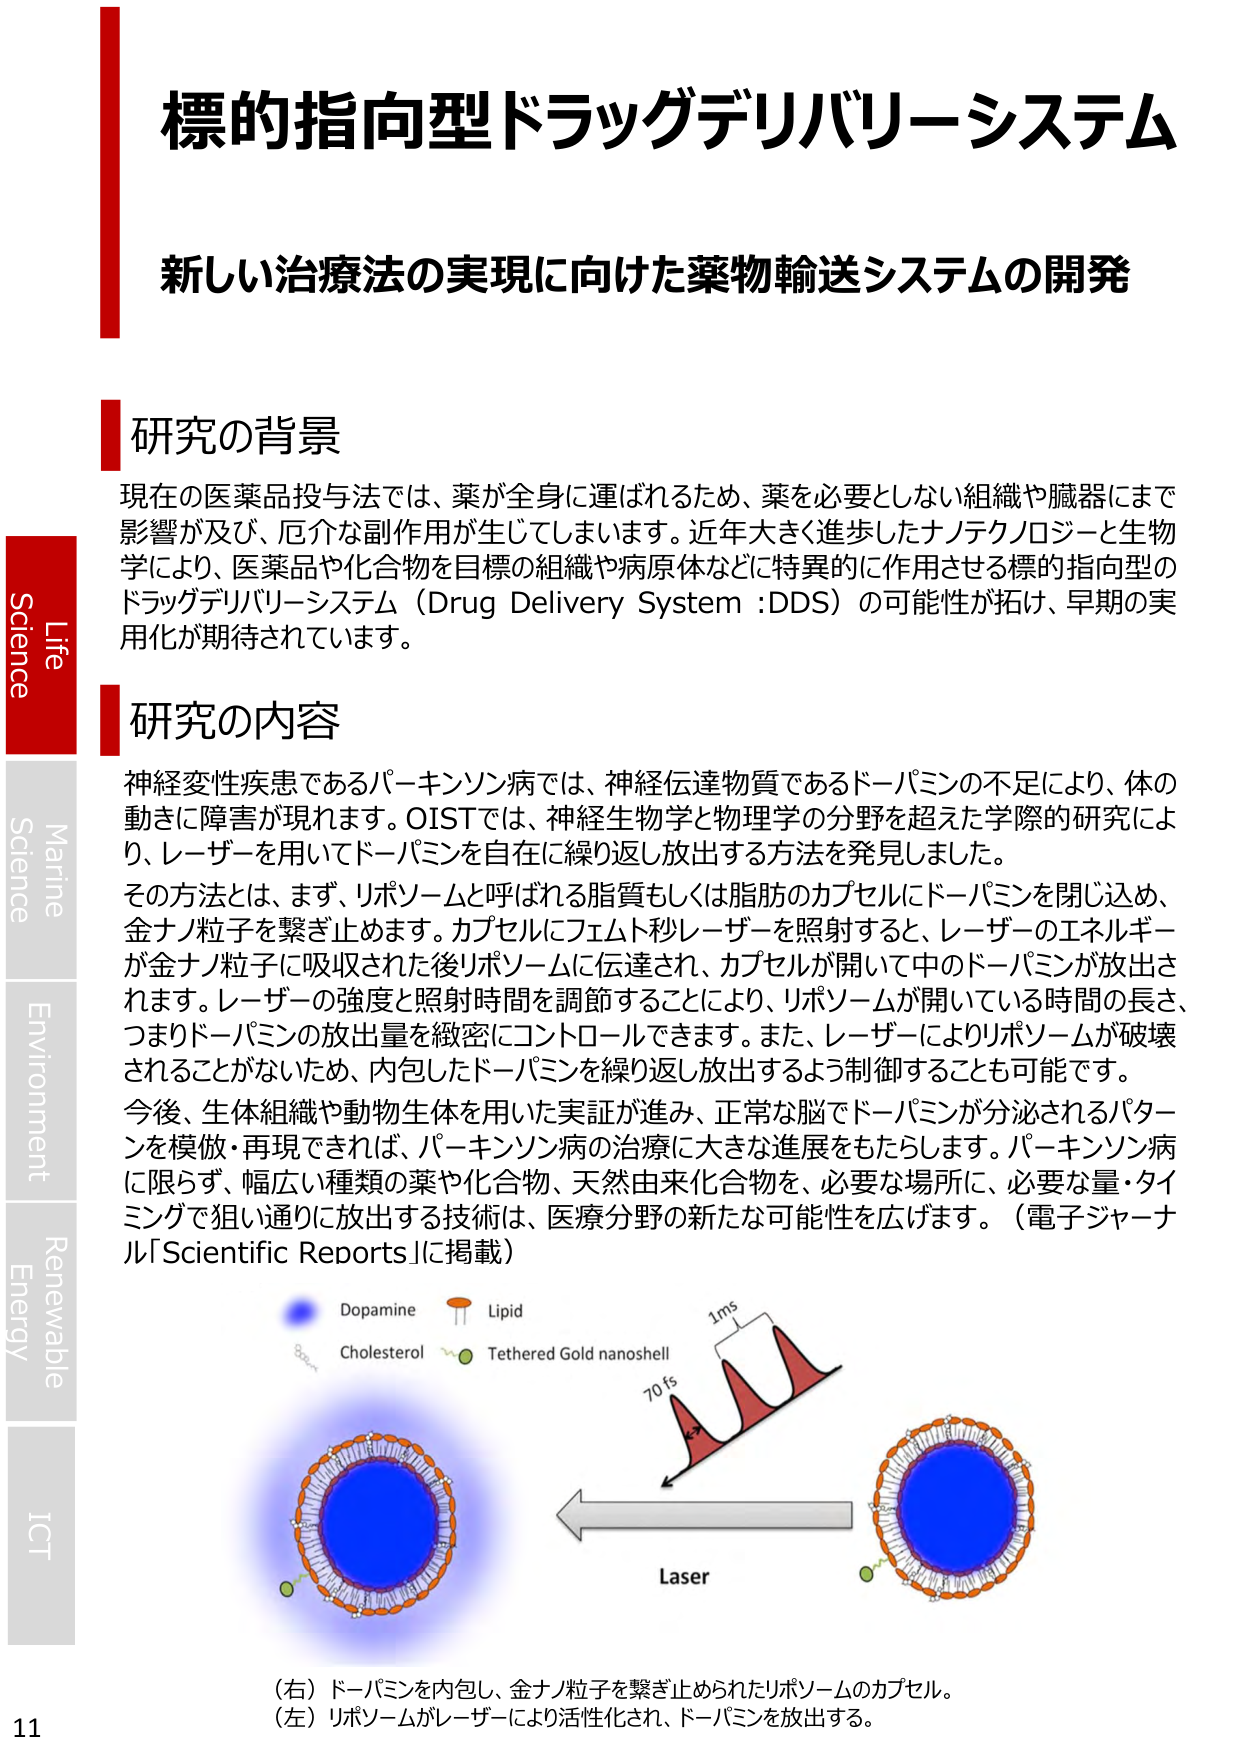
標的指向型ドラッグデリバリーシステム
新しい治療法の実現に向けた薬物輸送システムの開発

研究の背景
現在の医薬品投与法では、薬が全身に運ばれるため、薬を必要としない組織や臓器にまで影響が及び、危険な副作用が生じてしまいます。近年大きく進歩したナノテクノロジーと生物学により、医薬品や化合物を目標の組織や病原体などに特異的に作用させる標的指向型のドラッグデリバリーシステム（Drug Delivery System :DDS）の可能性が拓け、早期の実用化が期待されています。

研究の内容
神経変性疾患であるパーキンソン病では、神経伝達物質であるドーパミンの不足により、体の動きに障害が現れます。OISTでは、神経生物学と物理学の分野を超えた学際的研究により、レーザーを用いてドーパミンを自在に繰り返し放出する方法を発見しました。
その方法とは、まず、リポソームと呼ばれる脂質もしくは脂肪のカプセルにドーパミンを閉じ込め、金ナノ粒子を繋ぎ止めます。カプセルにフェムト秒レーザーを照射すると、レーザーのエネルギーが金ナノ粒子に吸収された後リポソームに伝達され、カプセルが開いて中のドーパミンが放出されます。レーザーの強度と照射時間を調節することにより、リポソームが開いている時間の長さ、つまりドーパミンの放出量を緻密にコントロールできます。また、レーザーによりリポソームが破壊されることがないため、内包したドーパミンを繰り返し放出するよう制御することも可能です。
今後、生体組織や動物生体を用いた実証が進み、正常な脳でドーパミンが分泌されるパターンを模倣・再現できれば、パーキンソン病の治療に大きな進展をもたらします。パーキンソン病に限らず、幅広い種類の薬や化合物、天然由来化合物を、必要な場所に、必要な量・タイミングで狙い通りに放出する技術は、医療分野の新たな可能性を広げます。（電子ジャーナル「Scientific Reports」に掲載）

Dopamine
Lipid
Cholesterol
Tethered Gold nanoshell
1ms
70 fs
Laser

（右）ドーパミンを内包し、金ナノ粒子を繋ぎ止められたリポソームのカプセル。
（左）リポソームがレーザーにより活性化され、ドーパミンを放出する。

Life
Science
Marine
Science
Environment
Renewable
Energy
ICT
11